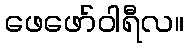
ဖေဖော်ဝါရီလ။